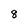
Character: 8